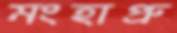
মংহাপ্রু